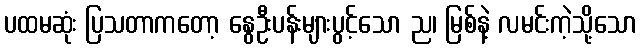
ပထမဆုံး ပြသတာကတော့ နွေဦးပန်းများပွင့်သော ည၊ မြစ်နဲ့ လမင်းကဲ့သို့သော